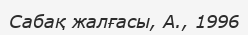
Сабақ жалғасы, А., 1996